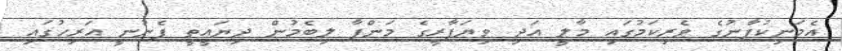
އެމަނިކުފާނުގެ ވެރިކަމުގައި މާލީ އަދި ވިޔަފާރީގެ މަންފާ ލިބެމުން ދިޔައީތީ ފެނުނީ އަރިހުގައި